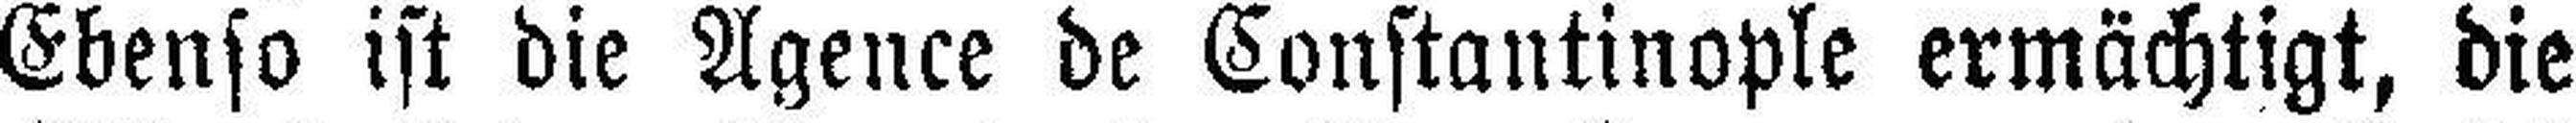
Ebenso ist die Agence de Constantinople ermächtigt, die